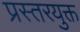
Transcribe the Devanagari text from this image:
प्रस्तरयुक्त